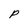
Character: p